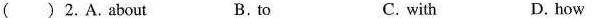
( ) 2.A.about B.to C. with D. how